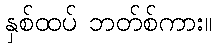
နှစ်ထပ် ဘတ်စ်ကား။